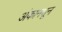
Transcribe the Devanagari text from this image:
अंकामधून